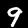
Label: 9